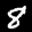
Label: 8